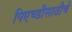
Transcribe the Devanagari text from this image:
पिएच्डीसाठीचे